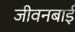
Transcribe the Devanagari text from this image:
जीवनबाई